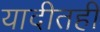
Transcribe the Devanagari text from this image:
यादीतही